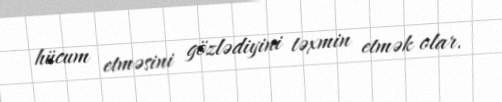
hücum etməsini gözlədiyini təxmin etmək olar.